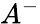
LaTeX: A^{-}